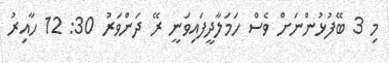
މި 3 ބޭފުޅުންނަށް ވެސް ހަމަލާދީފައިވަނީ ރޭ ދަންވަރު 30: 12 ހާއިރު